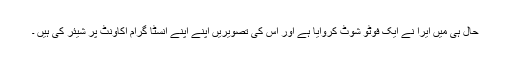
حال ہی میں ایرا نے ایک فوٹو شوٹ کروایا ہے اور اس کی تصویریں اپنے اپنے انسٹا گرام اکاونٹ پر شیئر کی ہیں ۔